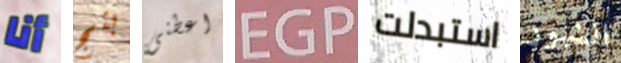
أنا بنج اعطنى EGP استبدلت الشهور